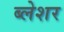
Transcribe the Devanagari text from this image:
ब्लेशर